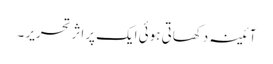
آئینہ دکھاتی ہوئی ایک پراثرتحریر ۔